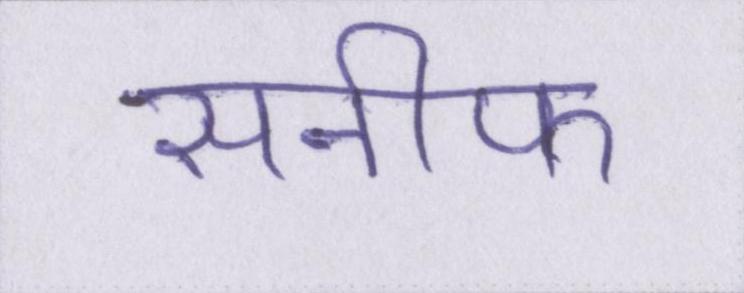
सनीफ